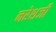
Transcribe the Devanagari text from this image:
नरेशजी